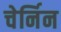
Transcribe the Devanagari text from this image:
चेर्निन